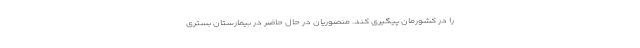
را در کشورمان پیگیری کند. منصوریان در حال حاضر در بیمارستان بستری